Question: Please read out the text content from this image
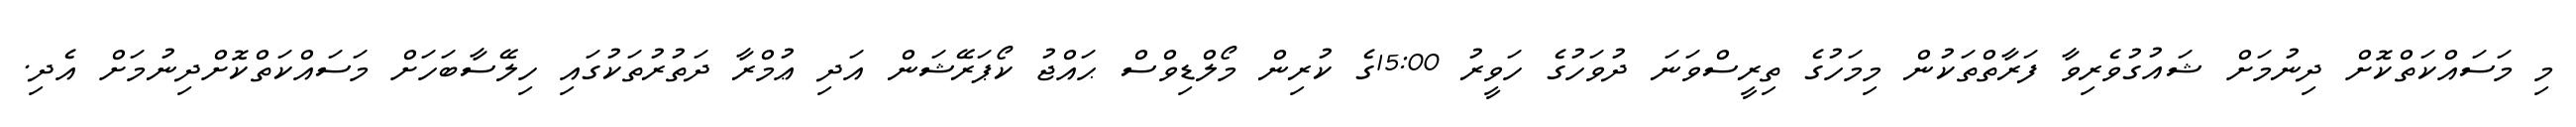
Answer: މި މަސައްކަތްކޮށް ދިނުމަށް ޝައުގުވެރިވާ ފަރާތްތަކުން މިމަހުގެ ތިރީސްވަނަ ދުވަހުގެ ހަވީރު 15:00ގެ ކުރިން މޯލްޑިވްސް ޙައްޖު ކޯޕަރޭޝަން އަދި ޢުމްރާ ދަތުރުތަކުގައި ހިލޭސާބަހަށް މަސައްކަތްކޮށްދިނުމަށް އެދި.